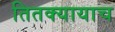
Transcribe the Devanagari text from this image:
तितक्यायाच